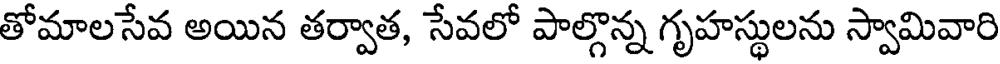
తోమాలసేవ అయిన తర్వాత, సేవలో పాల్గొన్న గృహస్థులను స్వామివారి